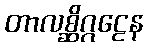
တာလစ္ဆိဂ္ဂဠေန